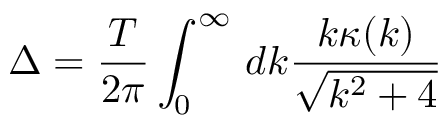
\Delta = \frac { T } { 2 \pi } \int _ { 0 } ^ { \infty } \, d k \frac { k \kappa ( k ) } { \sqrt { k ^ { 2 } + 4 } }